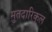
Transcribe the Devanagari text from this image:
मुतदारिकुल